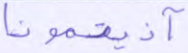
آذيتمونا